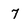
Character: 7